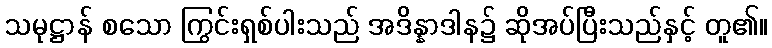
သမုဋ္ဌာန် စသော ကြွင်းရှစ်ပါးသည် အဒိန္နာဒါန၌ ဆိုအပ်ပြီးသည်နှင့် တူ၏။